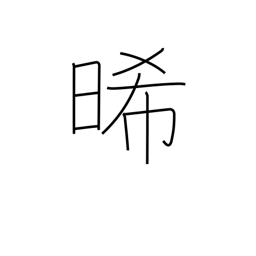
Meaning: dry out